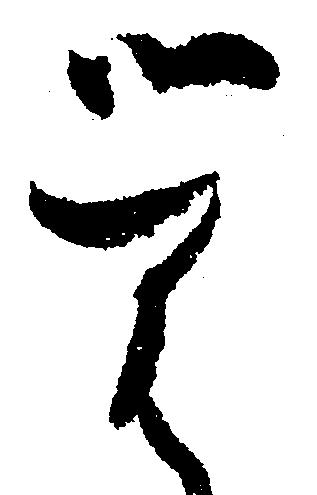
覚